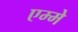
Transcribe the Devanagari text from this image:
एम्मे